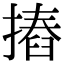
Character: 摏